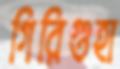
গিরিগুহা